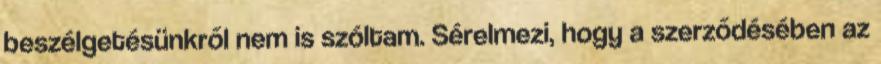
beszélgetésünkről nem is szóltam. Sérelmezi, hogy a szerződésében az